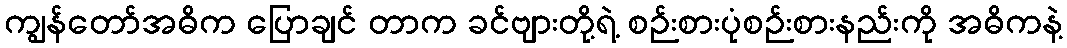
ကျွန်တော်အဓိက ပြောချင် တာက ခင်ဗျားတို့ရဲ့ စဉ်းစားပုံစဉ်းစားနည်းကို အဓိကနဲ့